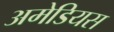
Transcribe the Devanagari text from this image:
अमेडियस